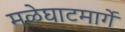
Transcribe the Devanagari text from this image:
मळेघाटमार्गे